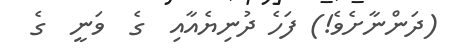
(ދަންނާށެވެ!) ފަހެ ދުނިޔެއާއި  ގެ  ވަނީ  ގެ